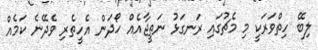
ލިބޭ ހިތްވަރަކީ މި މެޗުގައި ރަނގަޅު ނަތީޖާއެއް ހޯދަން އެހީތެރި ވެދޭނެ ކަމެއް